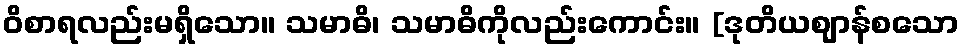
ဝိစာရလည်းမရှိသော။ သမာဓိ၊ သမာဓိကိုလည်းကောင်း။ [ဒုတိယဈာန်စသော